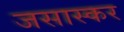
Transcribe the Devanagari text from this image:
जसास्कर